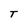
Character: T